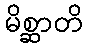
မိစ္ဆာတိ